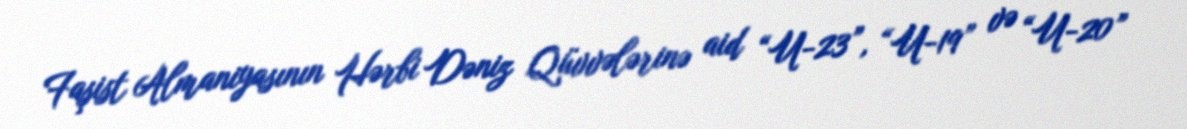
Faşist Almaniyasının Hərbi Dəniz Qüvvələrinə aid “U-23”, “U-19” və “U-20”